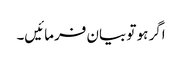
اگر ہو تو بیان فرمائیں۔